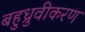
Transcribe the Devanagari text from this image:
बहुध्रुवीकरण